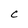
Character: C